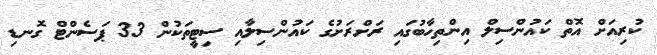
ކުރިއަށް އޮތް ކައުންސިލް އިންތިހާބުގައި ރަށްރަށުގެ ކައުންސިލާއި ސިޓީތަކުން 33 ޕަސެންޓް ގޮނޑި